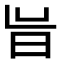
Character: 𭥝